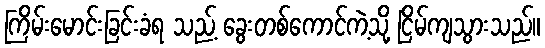
ကြိမ်းမောင်းခြင်းခံရ သည့် ခွေးတစ်ကောင်ကဲ့သို့ ငြိမ်ကျသွားသည်။